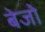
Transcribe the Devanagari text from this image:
बेजो